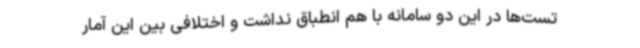
تست‌ها در این دو سامانه با هم انطباق نداشت و اختلافی بین این آمار